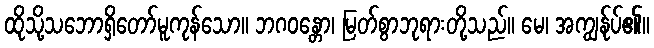
ထိုသို့သဘောရှိတော်မူကုန်သော။ ဘဂဝန္တော၊ မြတ်စွာဘုရားတို့သည်။ မေ၊ အကျွန်ုပ်၏။